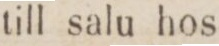
till salu hos